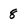
Character: 8